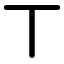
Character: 丅